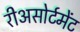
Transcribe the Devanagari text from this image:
रीअसोर्टमेंट